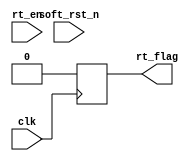
module ref_timer(
        clk        ,//时钟线 100Mhz
        rt_en      ,//使能刷新
        rt_flag    ,//计数器满标志
        soft_rst_n //软复位
);

input  clk         ;
input  soft_rst_n  ;
input  rt_en       ;
                   
output reg rt_flag ;

reg [9:0] cnt      ;

always@(posedge clk)begin
  if (!soft_rst_n)begin//同步复位
      cnt     <= 10'd0        ;
      rt_flag <= 1'b0         ; 
  end
  else if(rt_en)
            if(cnt >=700)begin// 最长在64ms/8192=7.813us=7813ns周期内进行一次刷新
              cnt    <= 10'd0   ;
              rt_flag<= 1'b1    ;
          end
            else begin
                cnt    <= cnt + 1  ;//100MHz 计数一次10ns
                rt_flag<= 1'b0     ;
            end
  else 
       cnt       <= 10'd0       ;
       rt_flag   <= 1'b0        ;
     
 end
 

endmodule